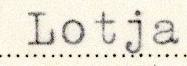
Lotja